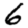
Digit: 6